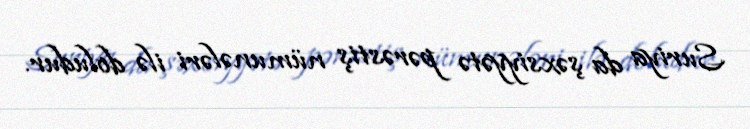
Suriya da şəxsiyyətə pərəstiş nümunələri ilə doludur.